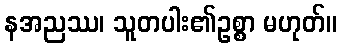
နအညဿ၊ သူတပါး၏ဥစ္စာ မဟုတ်။